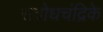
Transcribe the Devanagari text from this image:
सद्बोधचंद्रिके